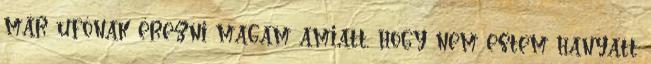
már ufónak érezni magam amiatt, hogy nem estem hanyatt